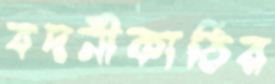
বদনীকাঠির